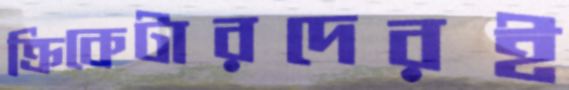
ক্রিকেটারদেরই